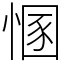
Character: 㥵